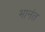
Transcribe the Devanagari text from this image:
भानंत